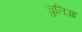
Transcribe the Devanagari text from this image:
चुलिआ